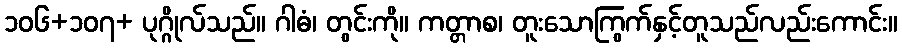
၁၀၆+၁၀၇+ ပုဂ္ဂိုလ်သည်။ ဂါဓံ၊ တွင်းကို။ ကတ္တာစ၊ တူးသောကြွက်နှင့်တူသည်လည်းကောင်း။